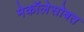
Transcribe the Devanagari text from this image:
मेकॉलेसोबत